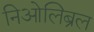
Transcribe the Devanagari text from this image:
निओलिब्रल